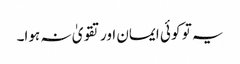
یہ تو کو ئی ایمان اور تقویٰ نہ ہوا۔